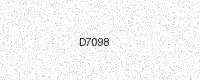
Text: D7098